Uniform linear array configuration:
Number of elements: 64
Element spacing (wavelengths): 1
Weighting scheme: blackman
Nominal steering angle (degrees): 30
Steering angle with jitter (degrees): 31.383
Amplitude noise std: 0.05
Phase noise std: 0.05

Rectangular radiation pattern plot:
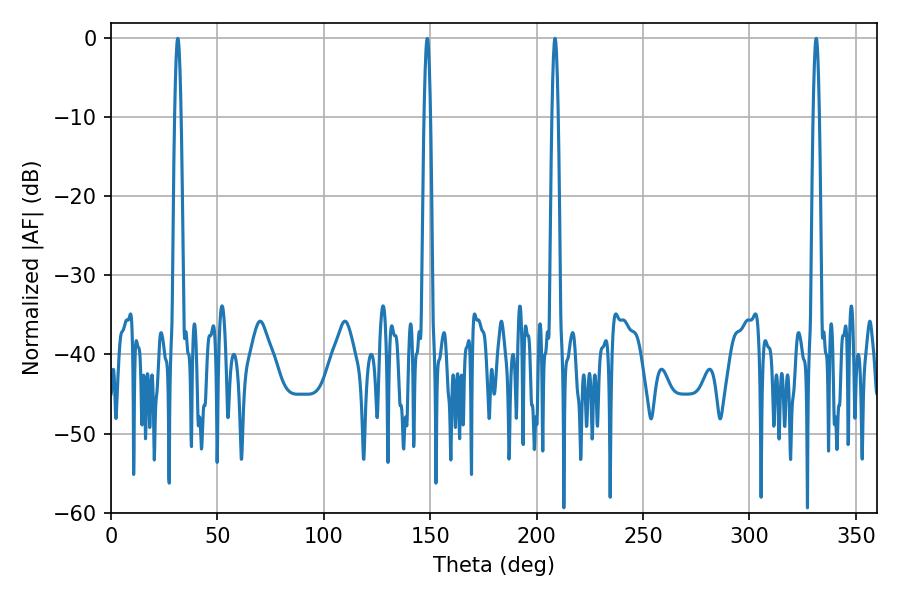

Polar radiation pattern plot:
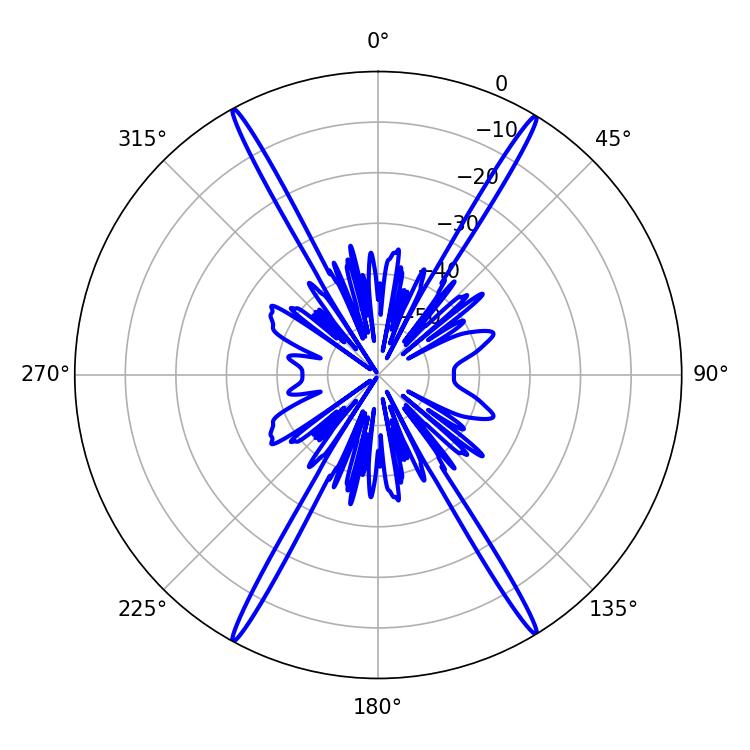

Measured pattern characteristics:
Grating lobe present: TRUE
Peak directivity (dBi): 27.545
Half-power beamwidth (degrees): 1.44
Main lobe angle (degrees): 331.38